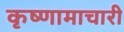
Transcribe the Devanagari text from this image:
कृष्णामाचारी